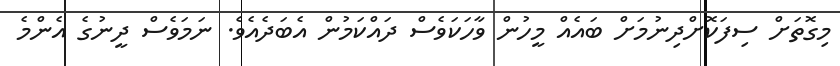
މިގޮތަށް ސިފަކޮށްދިނުމަށް ބައެއް މީހުން ވާހަކަވެސް ދައްކަމުން އެބަދެއެވެ. ނަމަވެސް ދީނުގެ އެންމެ